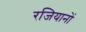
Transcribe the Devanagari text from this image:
रजियानों